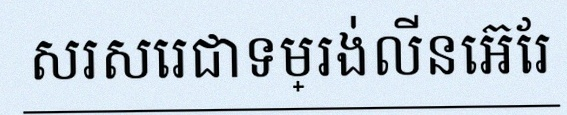
សរសេរជាទម្រង់លីនេអ៊ែរ